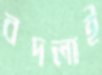
বদলাই